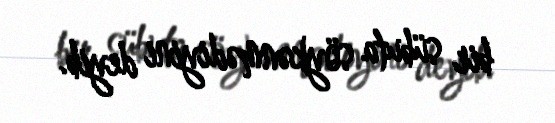
bir sübuta söykənmədiyini deyib.